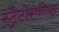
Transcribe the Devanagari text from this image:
स्ट्रैटोस्फ़ीयर